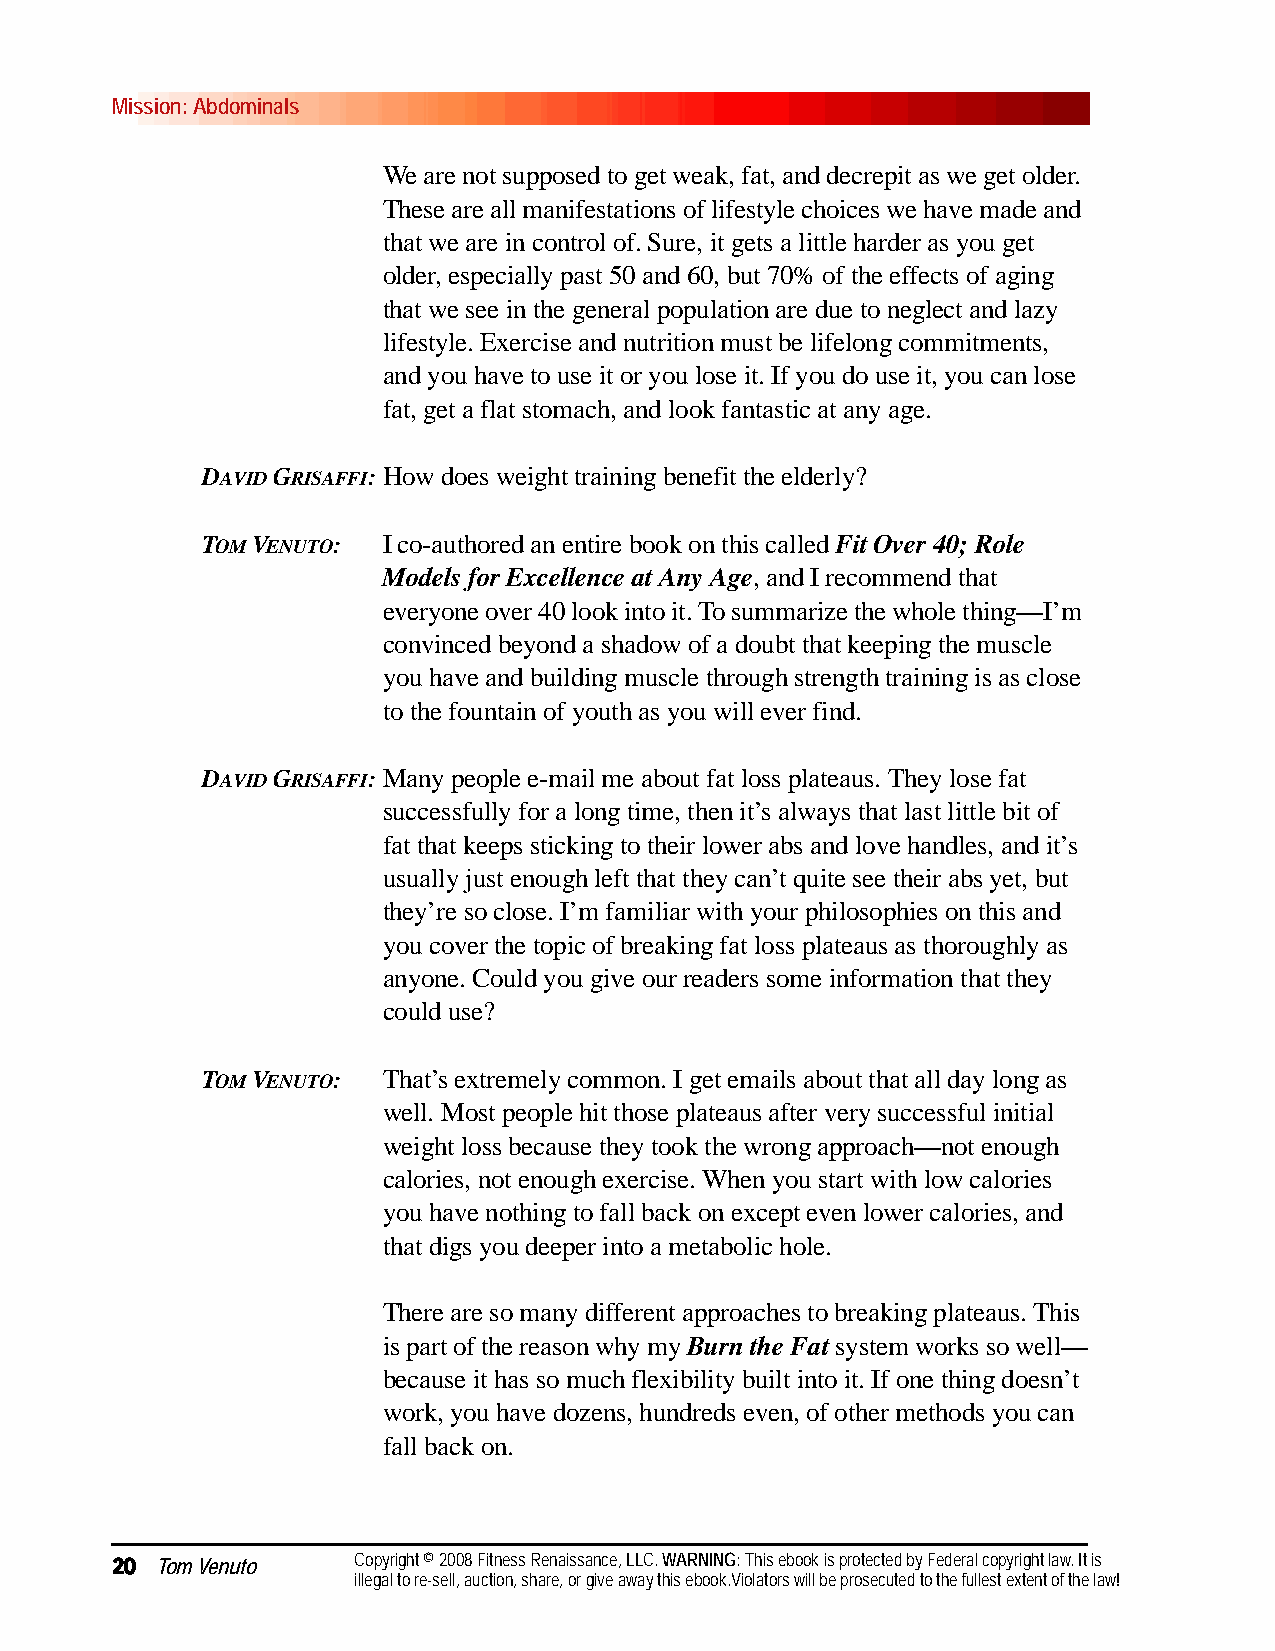
Mission: Abdominals
 We are not supposed to get weak, fat, and decrepit as we get older.
 These are all manifestations of lifestyle choices we have made and
 that we are in control of. Sure, it gets a little harder as you get
 older, especially past 50 and 60, but 70% of the effects of aging
 that we see in the general population are due to neglect and lazy
 lifestyle. Exercise and nutrition must be lifelong commitments,
 and you have to use it or you lose it. If you do use it, you can lose
 fat, get a flat stomach, and look fantastic at any age.
 DAVID GRISAFFI:How does weight training benefit the elderly?
 TOM VENUTO: I co-authored an entire book on this called Fit Over 40; Role
 Models for Excellence at Any Age, and I recommend that
 everyone over 40 look into it. To summarize the whole thing—I’m
 convinced beyond a shadow of a doubt that keeping the muscle
 you have and building muscle through strength training is as close
 to the fountain of youth as you will ever find.
 DAVID GRISAFFI:Many people e-mail me about fat loss plateaus. They lose fat
 successfully for a long time, then it’s always that last little bit of
 fat that keeps sticking to their lower abs and love handles, and it’s
 usually just enough left that they can’t quite see their abs yet, but
 they’re so close. I’m familiar with your philosophies on this and
 you cover the topic of breaking fat loss plateaus as thoroughly as
 anyone. Could you give our readers some information that they
 could use?
 TOM VENUTO: That’s extremely common. I get emails about that all day long as
 well. Most people hit those plateaus after very successful initial
 weight loss because they took the wrong approach—not enough
 calories, not enough exercise. When you start with low calories
 you have nothing to fall back on except even lower calories, and
 that digs you deeper into a metabolic hole.
 There are so many different approaches to breaking plateaus. This
 is part of the reason why my Burn the Fat system works so well—
 because it has so much flexibility built into it. If one thing doesn’t
 work, you have dozens, hundreds even, of other methods you can
 fall back on.
 20 Tom Venuto   Copyright © 2008 Fitness Renaissance, LLC. WARNING: This ebook is protected by Federal copyright law. It is
 illegal to re-sell, auction, share, or give away this ebook.Violators will be prosecuted to the fullest extent of the law!